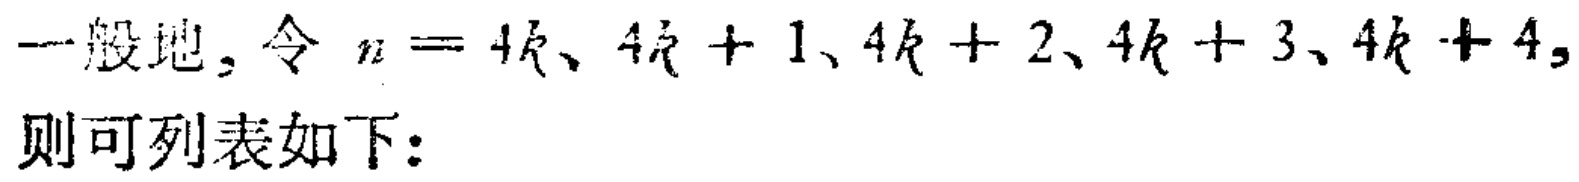
一般地，令 \(n = 4k、4k + 1、4k + 2、4k + 3、4k + 4,\) 则可列表如下：